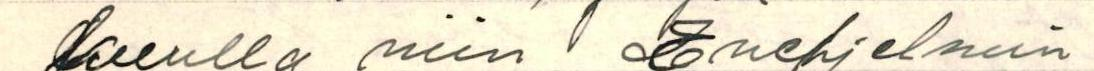
kuulla niin Enehjelmin